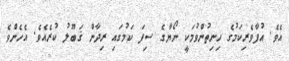
އެވެ. އުފާވެރިކަމުގެ ހިނިތުންވުމަކީ ނޯޔާގެ ސިފަ ކަމުގައި ރިދާން ޤަބޫލު ކުރެއެވެ. އެހެންވެ